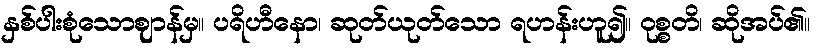
နှစ်ပါးစုံသောဈာန်မှ။ ပရိဟီနော၊ ဆုတ်ယုတ်သော ရဟန်းဟူ၍။ ဝုစ္စတိ၊ ဆိုအပ်၏။